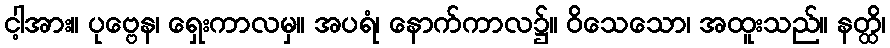
ငါ့အား။ ပုဗ္ဗေန၊ ရှေးကာလမှ။ အပရံ၊ နောက်ကာလ၌။ ဝိသေသော၊ အထူးသည်။ နတ္ထိ၊